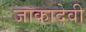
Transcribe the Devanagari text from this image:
जाकादेवी